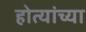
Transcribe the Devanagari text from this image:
होत्यांच्या